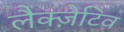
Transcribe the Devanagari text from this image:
लैक्ज़ेटिव